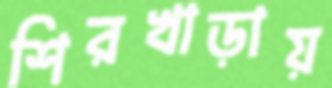
শিরখাড়ায়